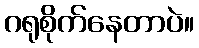
ဂရုစိုက်နေတာပဲ။